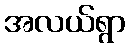
အလယ်ရွာ